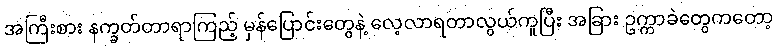
အကြီးစား နက္ခတ်တာရာကြည့် မှန်ပြောင်းတွေနဲ့ လေ့လာရတာလွယ်ကူပြီး အခြား ဥက္ကာခဲတွေကတော့